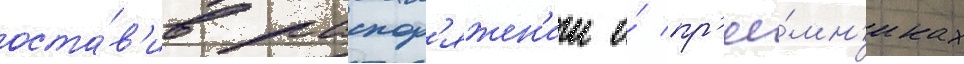
оста́в'ив распор'яжен'ии о́ пр'ее́мн'иках